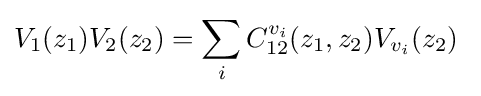
V_{1}(z_{1})V_{2}(z_{2})=\sum _{i}C_{12}^{v_{i}}(z_{1},z_{2})V_{v_{i}}(z_{2})\